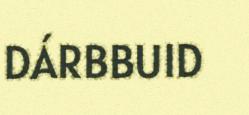
DÁRBBUID